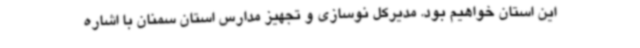
این استان خواهیم بود. مدیرکل نوسازی و تجهیز مدارس استان سمنان با اشاره